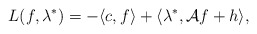
\begin{align*}L(f, \lambda^*) = -\langle c, f\rangle + \langle \lambda^*, \mathcal Af+h\rangle,\end{align*}